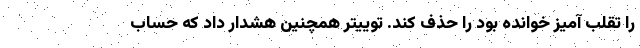
را تقلب آمیز خوانده بود را حذف کند. توییتر همچنین هشدار داد که حساب